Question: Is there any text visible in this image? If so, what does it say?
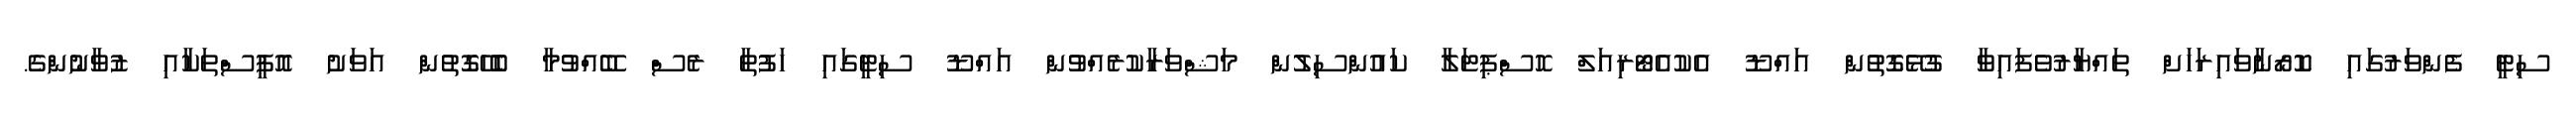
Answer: ސިޓީ ފެންވަރުގައި ކޮރޯނާވައިރަހަށް ތައްޔާރުވެފައިވާ ގުޅޭގޮތުން އައްޑޫ އެކުއެޓޯރިއަލް ހޮސްޕިޓަލާ ކައުންސިލުން މަޝްވަރާކުރެއްވުން އައްޑޫ ސިޓީގައި ހަފުތާ ރެސް ބޭއްވުމާ ބެހޭގޮތުން އަވަށު އޮފީސްތަކާއި ޒުވާނުންގެ.